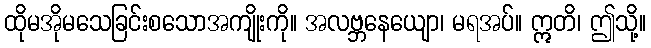
ထိုမအိုမသေခြင်းစသောအကျိုးကို။ အလဗ္ဘနေယျော၊ မရအပ်။ ဣတိ၊ ဤသို့။